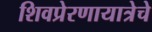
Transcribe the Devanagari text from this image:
शिवप्रेरणायात्रेचे